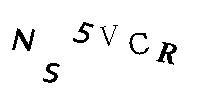
NS5VCR